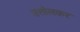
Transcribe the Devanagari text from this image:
उत्तोलकर